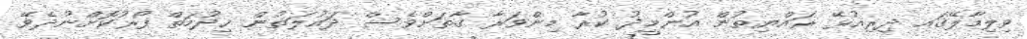
ވިލިމާލޭގައ ދިރިއުޅޭ ރައްޔިތުން އުންމީދު ކުރާ މިންވަރާ ގާތަށްވެސް ދައުލަތުން ޚިދުމަތް ފޯރުކޮށްނުދެވޭ